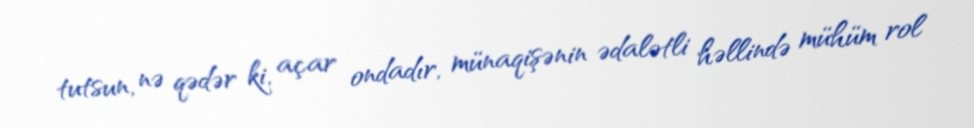
tutsun, nə qədər ki, açar ondadır, münaqişənin ədalətli həllində mühüm rol